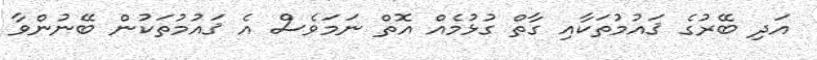
އަދި ބޭރުގެ ޤައުމުތަކާއި ގާތް ގުޅުމެއް އޮތް ނަމަވެސް އެ ޤައުމުތަކުން ބޭނުންވާ